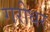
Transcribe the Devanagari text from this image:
गरीधर